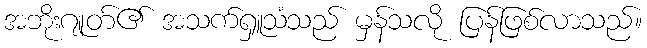
အဘိုးဂျုတ်၏ အသက်ရှူသံသည် မှန်သလို ပြန်ဖြစ်လာသည်။